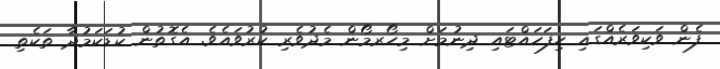
ފެން ވަކިވަރެއްގައި ހިފަހައްޓައި ދިނުމަށް މިހޯރމޯން މެދުވެރި ކުރުވައެވެ. އެގޮތުން ކުޑަކަމުދާ ތަކެތި